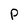
Character: P